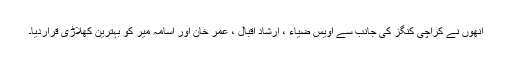
انھوں نے کراچی کنگز کی جانب سے اویس ضیاء ، ارشاد اقبال ، عمر خان اور اسامہ میر کو بہترین کھلاڑی قراردیا۔